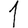
Digit: 1